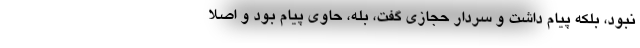
نبود، بلکه پیام داشت و سردار حجازی گفت، بله، حاوی پیام بود و اصلا